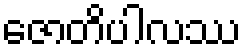
ဇောတိပါလဿ